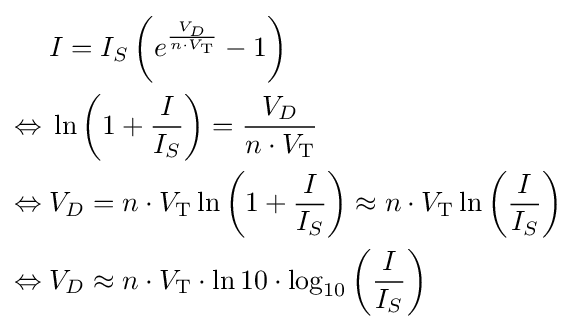
{\begin{aligned}&I=I_{S}\left(e^{\frac {V_{D}}{n\cdot V_{\text{T}}}}-1\right)\\\Leftrightarrow {}&\ln \left(1+{\frac {I}{I_{S}}}\right)={\frac {V_{D}}{n\cdot V_{\text{T}}}}\\\Leftrightarrow {}&V_{D}=n\cdot V_{\text{T}}\ln \left(1+{\frac {I}{I_{S}}}\right)\approx n\cdot V_{\text{T}}\ln \left({\frac {I}{I_{S}}}\right)\\\Leftrightarrow {}&V_{D}\approx n\cdot V_{\text{T}}\cdot \ln {10}\cdot \log _{10}{\left({\frac {I}{I_{S}}}\right)}\end{aligned}}